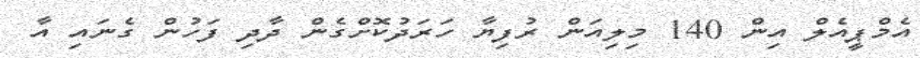
އެމްޕީއެލް އިން 140 މިލިއަން ރުފިޔާ ހަރަދުކޮށްގެން ދާދި ފަހުން ގެނައި އާ